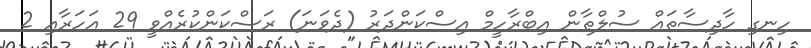
ހިނގި ހާދިސާތައް ސުލްޠާން އިބްރާހީމް އިސްކަންދަރު (ދެވަނަ) ރަސްކަންކުރެއްވީ 29 އަހަރާއި 2